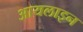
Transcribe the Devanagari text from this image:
आयलाइन